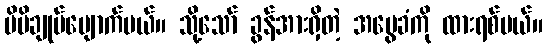
မိမိချုပ်ပျောက်မယ်။ သို့သော် ခွန်အားရှိတဲ့ အမွေခံကို ထားရစ်မယ်။